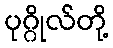
ပုဂ္ဂိုလ်တို့